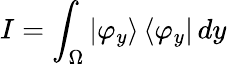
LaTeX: I=\int_{\Omega}|\varphi_{y}\rangle\, \langle\varphi_{y}|\, dy